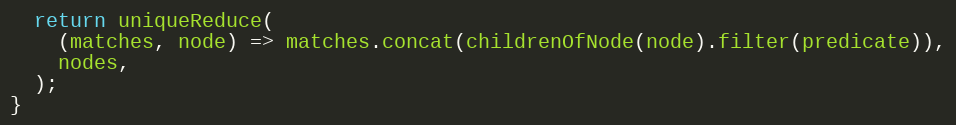
Language: JavaScript
  return uniqueReduce(
    (matches, node) => matches.concat(childrenOfNode(node).filter(predicate)),
    nodes,
  );
}